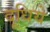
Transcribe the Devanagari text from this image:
दूधिये